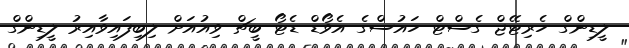
ލީޑިންގް ހެރިޓޭޖް ގެސްޓް ހައުސްގެ އެވޯޑް ޑެޓޯ ބީޗް ވިއުއަށް ލިބިފައިވާއިރު ލީޑިންގް